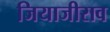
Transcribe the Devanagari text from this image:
जियाजीराव